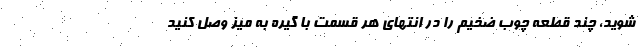
شوید، چند قطعه چوب ضخیم را در انتهای هر قسمت با گیره به میز وصل کنید